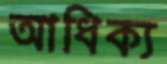
আধিক্য